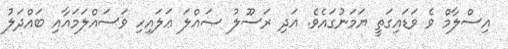
އިސްލާމް ވެ ވަޑައިގަތީ ޔަމަނުގައެވެ. އަދި ރަސޫލު ޞައްލަ ޢަލައިހި ވަސައްލަމައާއި ބައްދަލު